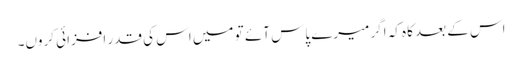
اس کے بعد کاہ کہ اگر میرے پاس آئے تو میں اس کی قدر افزائی کروں۔